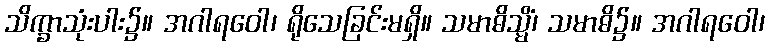
သိက္ခာသုံးပါး၌။ အဂါရဝေါ၊ ရိုသေခြင်းမရှိ။ သမာဓိသ္မိံ၊ သမာဓိ၌။ အဂါရဝေါ၊